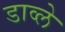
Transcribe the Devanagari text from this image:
डाव्ले